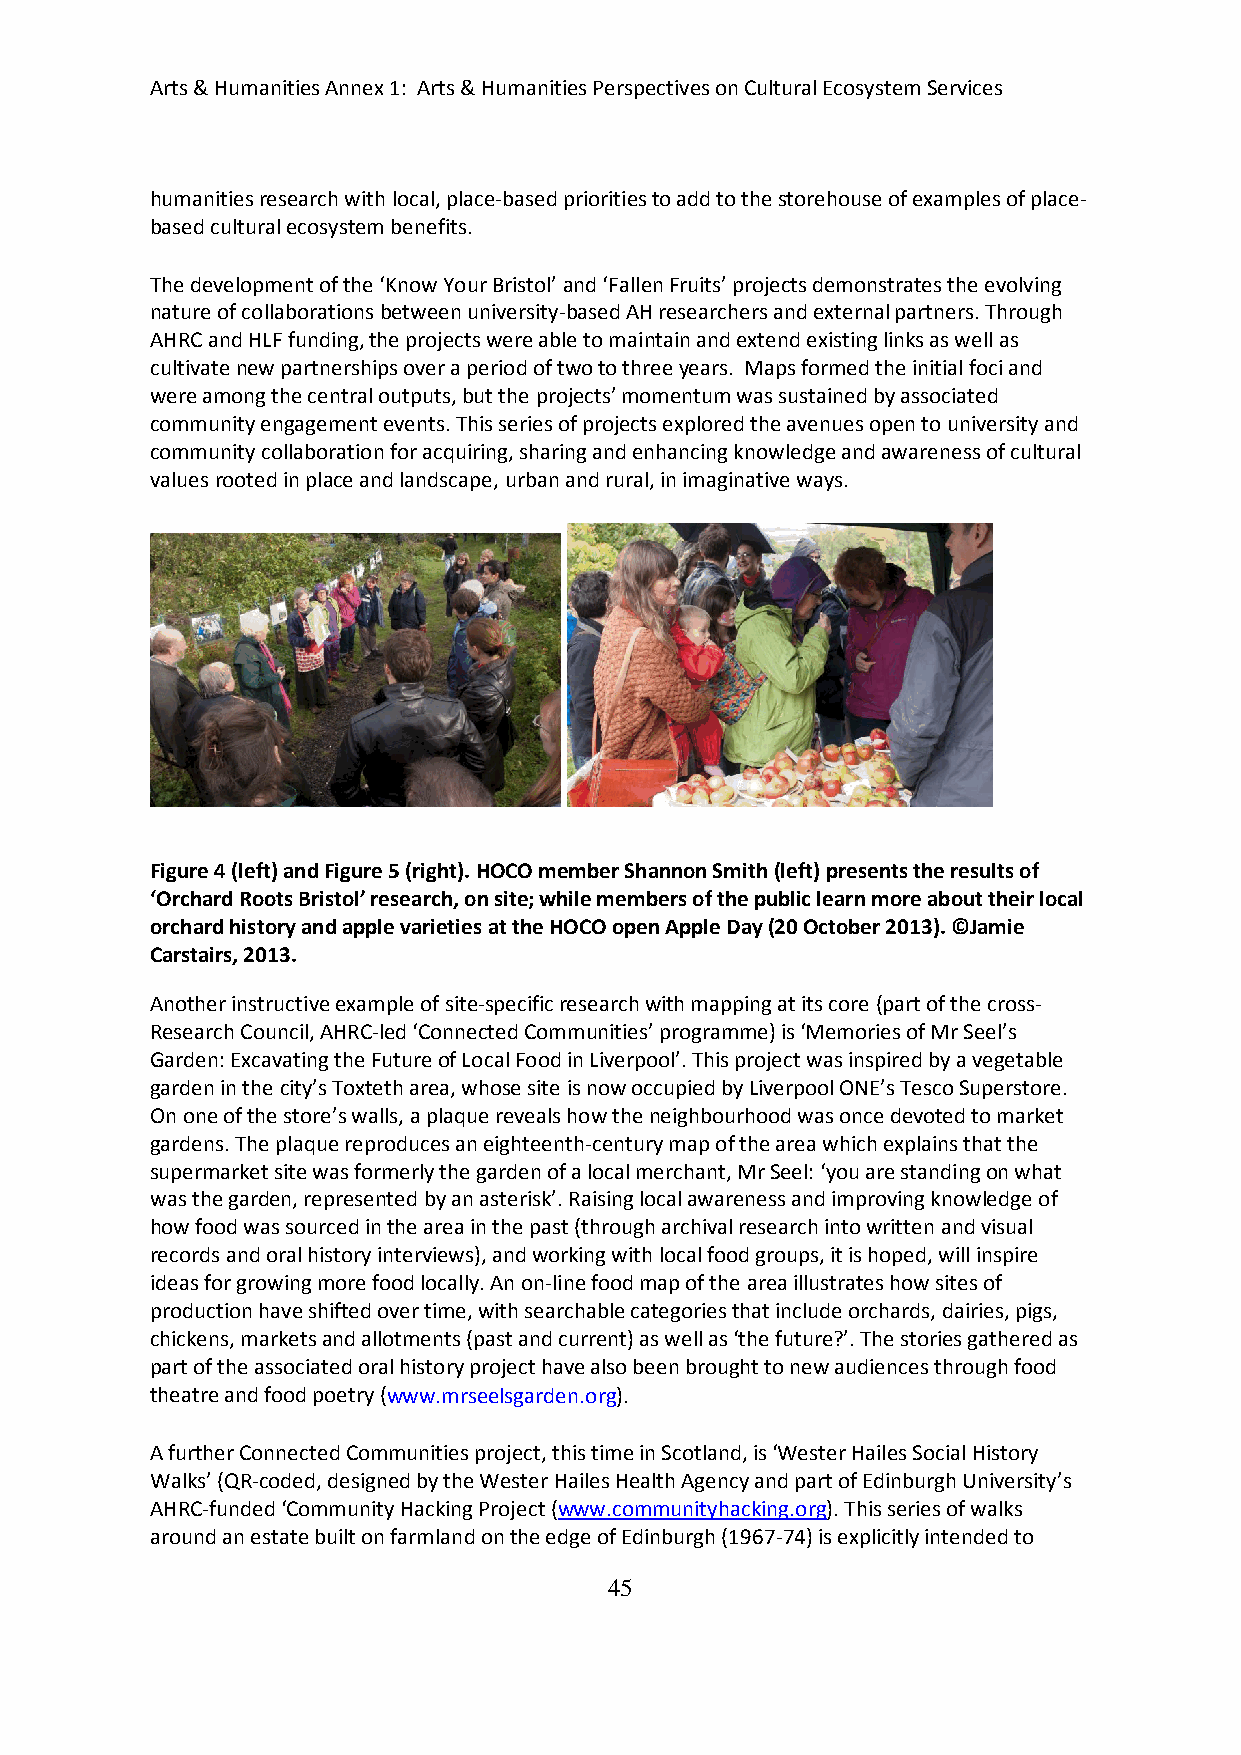
Arts & Humanities Annex 1: Arts & Humanities Perspectives on Cultural Ecosystem Services
 humanities research with local, place-based priorities to add to the storehouse of examples of place-
 based cultural ecosystem benefits.
 The development of the ‘Know Your Bristol’ and ‘Fallen Fruits’ projects demonstrates the evolving
 nature of collaborations between university-based AH researchers and external partners. Through
 AHRC and HLF funding, the projects were able to maintain and extend existing links as well as
 cultivate new partnerships over a period of two to three years. Maps formed the initial foci and
 were among the central outputs, but the projects’ momentum was sustained by associated
 community engagement events. This series of projects explored the avenues open to university and
 community collaboration for acquiring, sharing and enhancing knowledge and awareness of cultural
 values rooted in place and landscape, urban and rural, in imaginative ways.
 Figure 4 (left) and Figure 5 (right). HOCO member Shannon Smith (left) presents the results of
 ‘Orchard Roots Bristol’ research, on site; while members of the public learn more about their local
 orchard history and apple varieties at the HOCO open Apple Day (20 October 2013). ©Jamie
 Carstairs, 2013.
 Another instructive example of site-specific research with mapping at its core (part of the cross-
 Research Council, AHRC-led ‘Connected Communities’ programme) is ‘Memories of Mr Seel’s
 Garden: Excavating the Future of Local Food in Liverpool’. This project was inspired by a vegetable
 garden in the city’s Toxteth area, whose site is now occupied by Liverpool ONE’s Tesco Superstore.
 On one of the store’s walls, a plaque reveals how the neighbourhood was once devoted to market
 gardens. The plaque reproduces an eighteenth-century map of the area which explains that the
 supermarket site was formerly the garden of a local merchant, Mr Seel: ‘you are standing on what
 was the garden, represented by an asterisk’. Raising local awareness and improving knowledge of
 how food was sourced in the area in the past (through archival research into written and visual
 records and oral history interviews), and working with local food groups, it is hoped, will inspire
 ideas for growing more food locally. An on-line food map of the area illustrates how sites of
 production have shifted over time, with searchable categories that include orchards, dairies, pigs,
 chickens, markets and allotments (past and current) as well as ‘the future?’. The stories gathered as
 part of the associated oral history project have also been brought to new audiences through food
 theatre and food poetry (www.mrseelsgarden.org).
 A further Connected Communities project, this time in Scotland, is ‘Wester Hailes Social History
 Walks’ (QR-coded, designed by the Wester Hailes Health Agency and part of Edinburgh University’s
 AHRC-funded ‘Community Hacking Project (www.communityhacking.org). This series of walks
 around an estate built on farmland on the edge of Edinburgh (1967-74) is explicitly intended to
 45